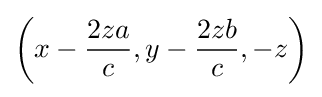
\left(x-{\frac {2za}{c}},y-{\frac {2zb}{c}},-z\right)